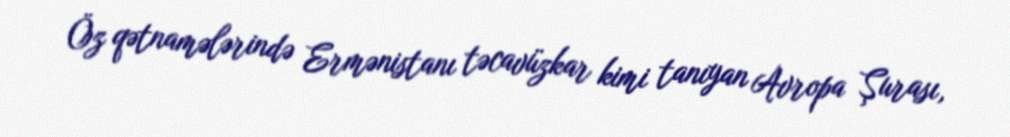
Öz qətnamələrində Ermənistanı təcavüzkar kimi tanıyan Avropa Şurası,